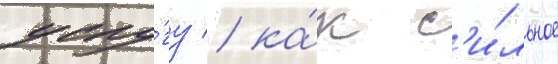
услу́гу / ка́к с'и́льное